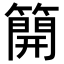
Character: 𥳐